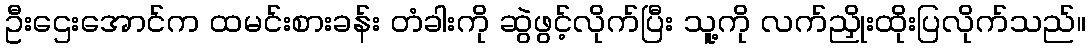
ဦးဌေးအောင်က ထမင်းစားခန်း တံခါးကို ဆွဲဖွင့်လိုက်ပြီး သူ့ကို လက်ညှိုးထိုးပြလိုက်သည်။